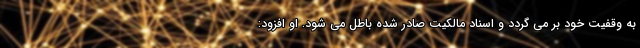
به وقفیت خود بر می گردد و اسناد مالکیت صادر شده باطل می شود. او افزود: